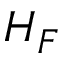
H _ { F }